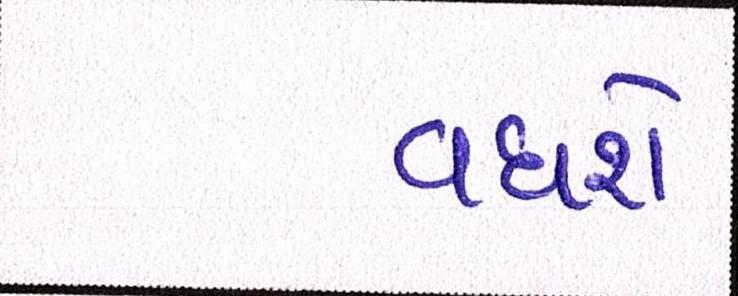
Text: વધશે